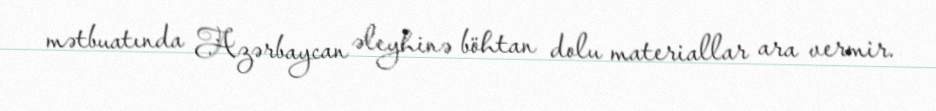
mətbuatında Azərbaycan əleyhinə böhtan dolu materiallar ara vermir.